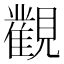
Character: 𰴔